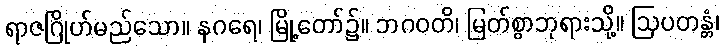
ရာဇဂြိုဟ်မည်သော။ နဂရေ၊ မြို့တော်၌။ ဘဂဝတိ၊ မြတ်စွာဘုရားသို့။ ဩပတန္တံ၊